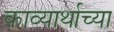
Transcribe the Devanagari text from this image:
काव्यार्थाच्या